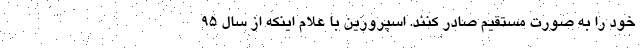
خود را به صورت مستقیم صادر کنند. اسپرورین با علام اینکه از سال 95